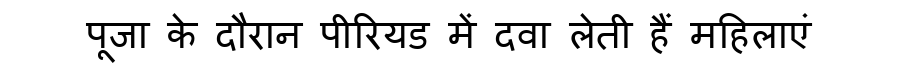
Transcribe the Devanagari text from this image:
पूजा के दौरान पीरियड में दवा लेती हैं महिलाएं